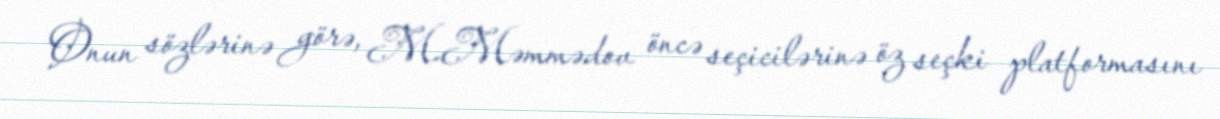
Onun sözlərinə görə, M.Məmmədov öncə seçicilərinə öz seçki platformasını